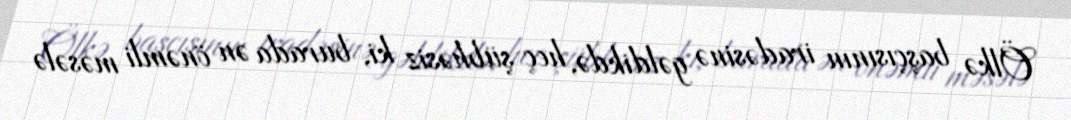
Ölkə başçısının iradəsinə gəldikdə, heç şübhəsiz ki, burada ən önəmli məsələ